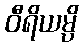
ဝီရိယမ္ပိ